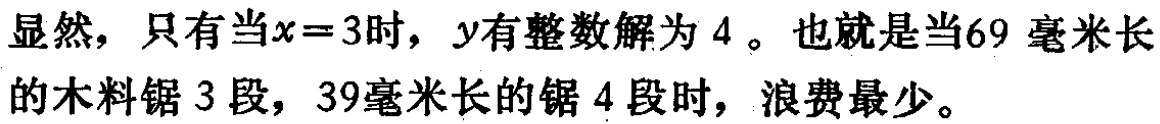
显然，只有当\(x = 3\)时，\(y\)有整数解为 \(4\)。也就是当\(69\)毫米长的木料锯 \(3\)段，\(39\)毫米长的锯 \(4\)段时，浪费最少。